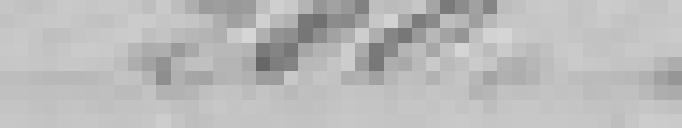
200